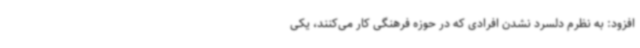
افزود: به نظرم دلسرد نشدن افرادی که در حوزه فرهنگی کار می‌کنند، یکی